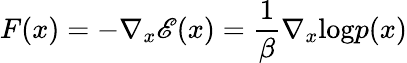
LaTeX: F(x)=-\nabla_{x}\mathscr{E}(x)=\frac{{1}}{{\beta}}\nabla_{x}\textrm{{log}}p(x)